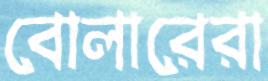
বোলারেরা